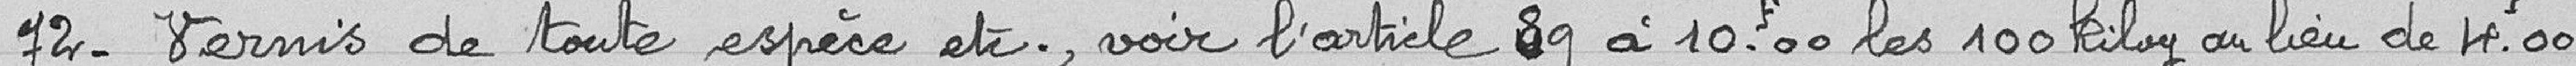
72. Vernis de toute espèce etc., voir l’article 89 à 10,00 francs les 100 kilogrammes au lieu de 4,00 francs